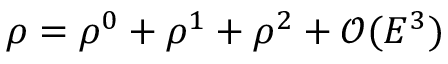
\rho = \rho ^ { 0 } + \rho ^ { 1 } + \rho ^ { 2 } + \mathcal { O } ( E ^ { 3 } )